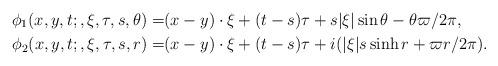
LaTeX: \begin{align*}\phi_1(x,y,t;,\xi,\tau,s,\theta)=&(x-y)\cdot\xi+(t-s)\tau+s|\xi|\sin\theta-\theta\varpi/2\pi,\\\phi_2(x,y,t;,\xi,\tau,s,r)=&(x-y)\cdot\xi+(t-s)\tau +i(|\xi|s\sinh r+\varpi r/2\pi).\end{align*}